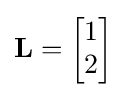
\mathbf {L} ={\begin{bmatrix}1\\2\end{bmatrix}}